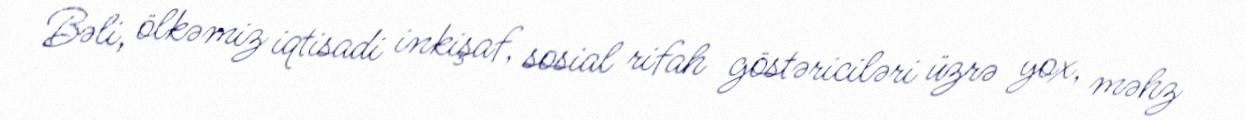
Bəli, ölkəmiz iqtisadi inkişaf, sosial rifah göstəriciləri üzrə yox, məhz